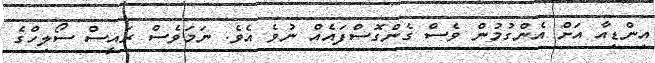
އިންޑިއާ އަށް އެންގުމުން ވެސް ގެންގޮސްފައެއް ނުވެ އެވެ. ނަމަވެސް ރައީސް ސޯލިހްގެ